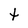
Character: t